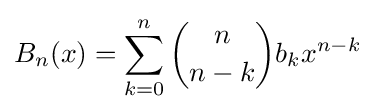
B_{n}(x)=\sum _{k=0}^{n}{n \choose n-k}b_{k}x^{n-k}\